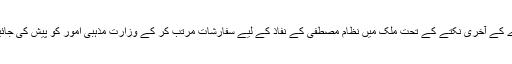
معاہدے کے آخری نکتے کے تحت ملک میں نظام مصطفیٰ کے نفاذ کے لیے سفارشات مرتب کر کے وزارت مذہبی امور کو پیش کی جائیں گی۔